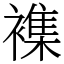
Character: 襍